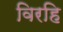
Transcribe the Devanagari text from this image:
विरहि